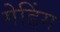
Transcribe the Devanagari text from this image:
गेडिंग